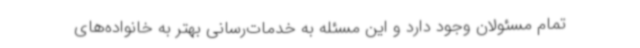
تمام مسئولان وجود دارد و این مسئله به خدمات‌رسانی بهتر به خانواده‌های